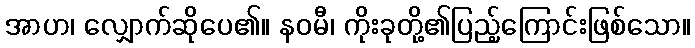
အာဟ၊ လျှောက်ဆိုပေ၏။ နဝမီ၊ ကိုးခုတို့၏ပြည့်ကြောင်းဖြစ်သော။